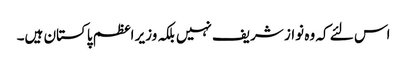
اس لئے کہ وہ نواز شریف نہیں بلکہ وزیر اعظم پاکستان ہیں۔